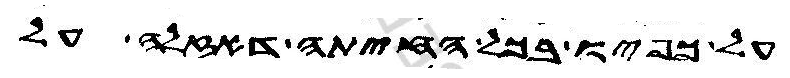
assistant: על כפיו בכל החיתה דאזלה על